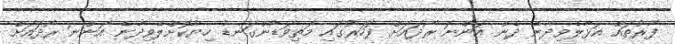
ފާރުތައް އަޅާލެވިދާނެ ދެން އަންނަ ރޯދައަށް ފަހަރުގައި މަތިވަޑާންގަނޑު ހިޔާކޮށްލެވިދާނެ އަންނަ ރޯދައަށް